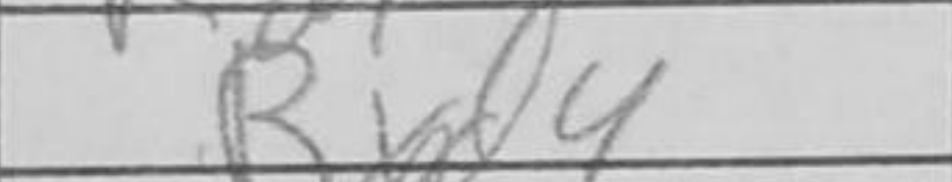
Transcription: Rxd4